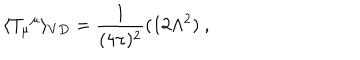
\langle { T _ { \mu } } ^ { \mu } \rangle _ { V D } = \frac { 1 } { ( 4 \pi ) ^ { 2 } } ( 1 2 \Lambda ^ { 2 } ) \ ,